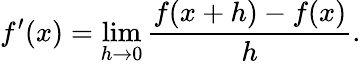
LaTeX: f^{\prime}(x)=\operatorname*{lim}_{h\to 0}{\frac{f(x+h)-f(x)}{h}}.